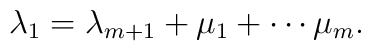
\lambda_{1}=\lambda_{m+1}+\mu_{1}+\cdots\mu_{m}.